On the morphology, teratology, and diclinism of the flowers of cannabis - Number 12
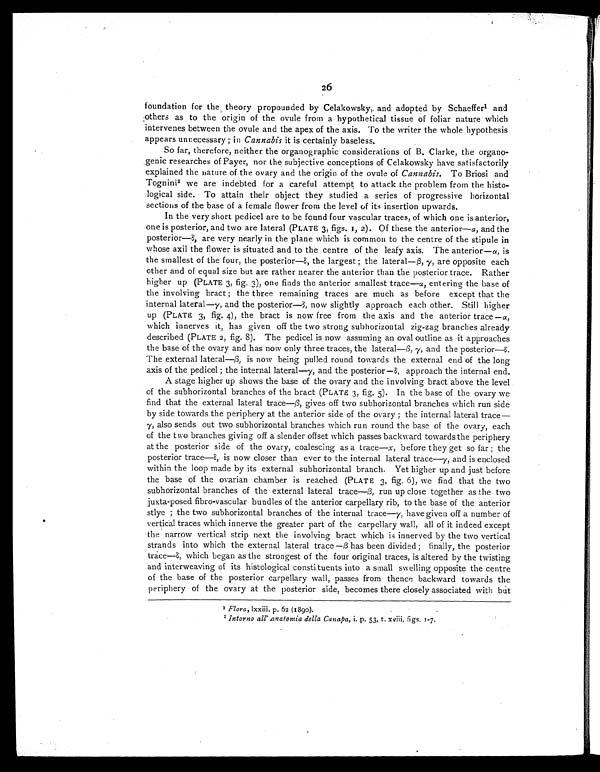
26
foundation for the theory propounded by Celakowsky, and adopted by Schaeffer1 and
others as to the origin of the ovule from a hypothetical tissue of foliar nature which
intervenes between the ovule and the apex of the axis. To the writer the whole hypothesis
appears unnecessary ; in Cannabis it is certainly baseless.
So far, therefore, neither the organographic considerations of B. Clarke, the organo-
genic researches of Payer, nor the subjective conceptions of Celakowsky have satisfactorily
explained the nature of the ovary and the origin of the ovule of Cannabis. To Briosi and
Tognini 2 we are indebted for a careful attempt to attack the problem from the histo-
logical side. To attain their object they studied a series of progressive horizontal
sections of the base of a female flower from the level of its insertion upwards.
In the very short pedicel are to be found four vascular traces, of which one is anterior,
one is posterior, and two are lateral (PLATE 3, figs. 1, 2). Of these the anterior—α , and the
posterior—δ, are very nearly in the plane which is common to the centre of the stipule in
whose axil the flower is situated and to the centre of the leafy axis. The anterior— α , is
the smallest of the four, the posterior— δ, the largest ; the lateral ─β, γ,are opposite each
other and of equal size but are rather nearer the anterior than the posterior trace. Rather
higher up (PLATE 3, fig.3), one finds the anterior smallest trace—α, entering the base of
the involving bract ; the three remaining traces are much as before except that the
internal lateral— γ, and the posterior— δ, now slightly approach each other. Still higher
up (PLATE 3, fig. 4), the bract is now free from the axis and the anterior trace— α,
which innerves it, has given off the two strong subhorizontal zig-zag branches already
described (PLATE 2, fig. 8). The pedicel is now assuming an oval outline as it approaches
the base of the ovary and has now only three traces, the lateral ─ β, γ, and the posterior
—
δ.
The external lateral— β, is now being pulled round towards the external end of the long
axis of the pedicel ; the internal lateral— γ , and the posterior—δ, approach the internal end.
A stage higher up shows the base of the ovary and the involving bract above the level
of the subhorizontal branches of the bract (PLATE 3, fig. 5). In the base of the ovary we
find that the external lateral trace
—
β
, gives off two subhorizontal branches which run side
by side towards the periphery at the anterior side of the ovary ; the internal lateral trace—
γ, also sends out two subhorizontal branches which run round the base of the ovary, each
of the two branches giving off a slender offset which passes backward towards the periphery
at the posterior side of the ovary, coalescing as a trace— X, before they get so far ; the
posterior trace—δ, is now closer than ever to the internal lateral trace— γ, and is enclosed
within the loop made by its external subhorizontal branch. Yet higher up and just before
the base of the ovarian chamber is reached (PLATE 3, fig. 6), we find that the two
subhorizontal branches of the external lateral trace
—
β
, run up close together as the two
juxta-posed fibro-vascular bundles of the anterior carpellary rib, to the base of the anterior
stlye ; the two subhorizontal branches of the internal trace— γ, have given off a number of
vertical traces which innerve the greater part of the carpellary wall, all of it indeed except
the narrow vertical strip next the involving bract which is innerved by the two vertical
strands into which the external lateral trace —β has been divided ; finally, the posterior
trace—δ, which began as the strongest of the four original traces, is altered by the twisting
and interweaving of its histological constituents into a small swelling opposite the centre
of the base of the posterior carpellary wall, passes from thence backward towards the
periphery of the ovary at the posterior side, becomes there closely associated with but
1Fora, lxxiii. p. 62 (1890).
2 Intorno all anatomia della Canapa,i. p. 53, t. xviii, figs. 1-7.